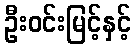
ဦးဝင်းမြင့်နှင့်